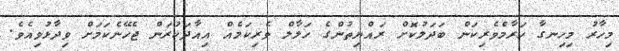
މިހާރު މިހިނގާ ހަރާމްވެރިކަން ބަދަލުކޮށް ރައްޔިތުންގެ ހަލާލް ވެރިކަމެއް އިއާދަކުރަން ޖެހޭނެކަމަށް ވިދާޅުވިއެވެ.